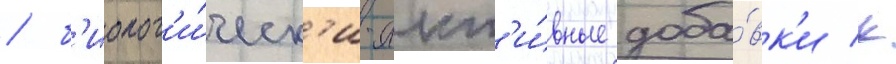
/ б'иолог'и́ческ'и-акт'и́вные доба́вк'и к